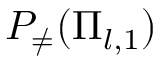
P _ { \neq } ( \Pi _ { l , 1 } )